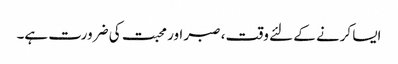
ایسا کرنے کے لئے وقت ، صبر اور محبت کی ضرورت ہے۔